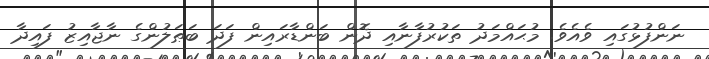
ނަންފުޅުގައި ވެއެވެ. މުޙައްމަދު ތަކުރުފާނާއި ދޮން ބަންޑާރައިން ފަދަ ބަޠަލުންގެ ނާޖާއިޒު ފައިދާ